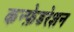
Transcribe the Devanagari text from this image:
कन्फ़ेडरेशन